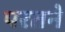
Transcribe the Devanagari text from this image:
परतने